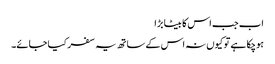
اب جب اس کا بیٹا بڑا
ہوچکا ہے تو کیوں نہ اس کے ساتھ یہ سفر کیا جائے۔